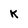
Character: K